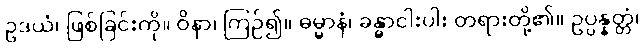
ဥဒယံ၊ ဖြစ်ခြင်းကို။ ဝိနာ၊ ကြဉ်၍။ ဓမ္မာနံ၊ ခန္ဓာငါးပါး တရားတို့၏။ ဥပ္ပန္နတ္တံ၊